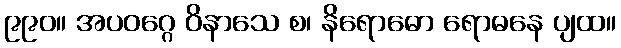
၉၉၀။ အပဝဂ္ဂေ ဝိနာသေ စ၊ နိရောဓော ရောဓနေ ပျထ။